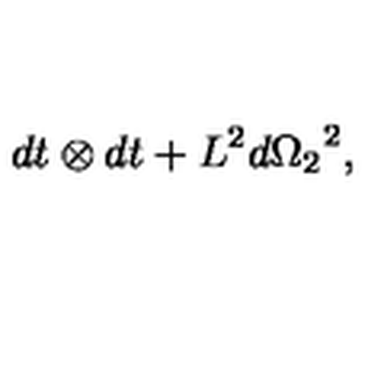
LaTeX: d t \otimes d t + { L ^ { 2 } } { d { \Omega _ { 2 } } } ^ { 2 } ,